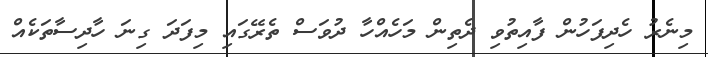
މިނެރު ހެދިފަހުން ފާއިތުވި ދެތިން މަހެއްހާ ދުވަސް ތެރޭގައި މިފަދަ ގިނަ ހާދިސާތަކެއް